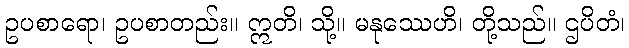
ဥပစာရော၊ ဥပစာတည်း။ ဣတိ၊ သို့။ မနုဿေဟိ၊ တို့သည်။ ဌပိတံ၊